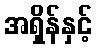
အရှိန်နှင့်